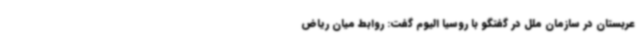
عربستان در سازمان ملل در گفتگو با روسیا الیوم گفت: روابط میان ریاض